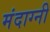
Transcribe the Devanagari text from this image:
मंदाग्नी